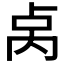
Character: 𫧯